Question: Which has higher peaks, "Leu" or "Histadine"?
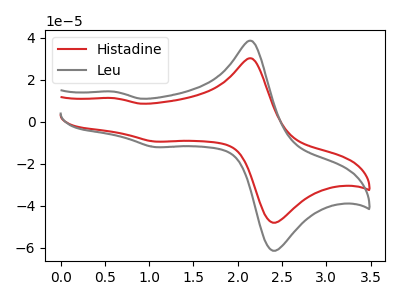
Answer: <think>The red curve "Histadine" has anodic peaks at (2.15V, 30.05uA) (0.60V, 11.15uA) and cathodic peaks at (2.45V, -47.60uA) (1.10V, -9.55uA). The gray curve "Leu" has anodic peaks at (2.15V, 38.35uA) (0.60V, 14.25uA) and cathodic peaks at (2.45V, -60.80uA) (1.10V, -12.15uA).</think>
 <answer>Every peak in "Leu" is higher than every peak in "Histadine".</answer>
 <eval>higher</eval>